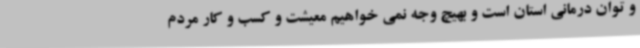
و توان درمانی استان است و بهیچ وجه نمی خواهیم معیشت و کسب و کار مردم